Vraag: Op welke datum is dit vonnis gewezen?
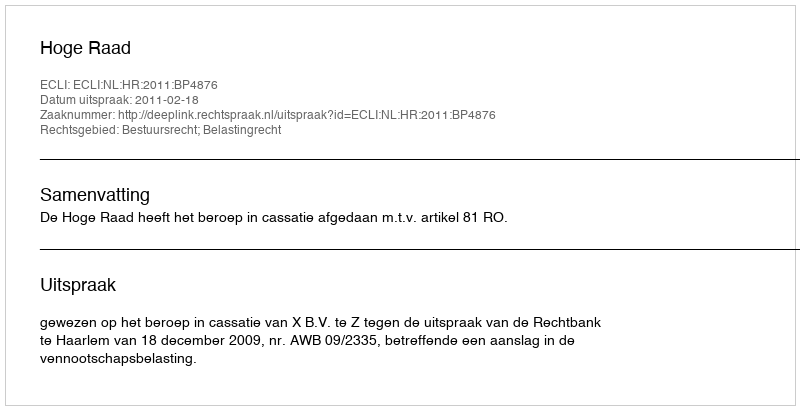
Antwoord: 2011-02-18